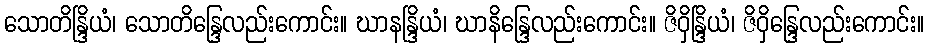
သောတိန္ဒြိယံ၊ သောတိန္ဒြေလည်းကောင်း။ ဃာနန္ဒြိယံ၊ ဃာနိန္ဒြေလည်းကောင်း။ ဇိဝှိန္ဒြိယံ၊ ဇိဝှိန္ဒြေလည်းကောင်း။